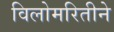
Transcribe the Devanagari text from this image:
विलोमरितीने